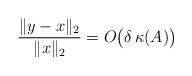
\begin{align*}\frac{\lVert y-x\rVert_2}{\lVert x\rVert_2}=O\big(\delta\,\kappa(A)\big)\end{align*}